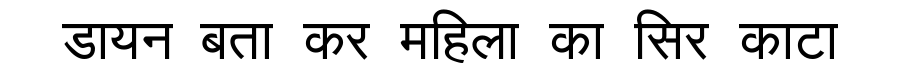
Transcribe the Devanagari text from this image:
डायन बता कर महिला का सिर काटा